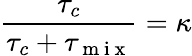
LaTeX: \frac{\tau_{c}}{\tau_{c}+\tau_{\mathrm{~m~i~x~}}}=\kappa